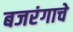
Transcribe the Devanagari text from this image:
बजरंगाचे